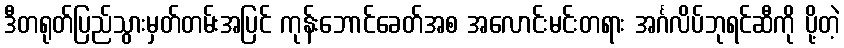
ဒီတရုတ်ပြည်သွားမှတ်တမ်းအပြင် ကုန်းဘောင်ခေတ်အစ အလောင်းမင်းတရား အင်္ဂလိပ်ဘုရင်ဆီကို ပို့တဲ့